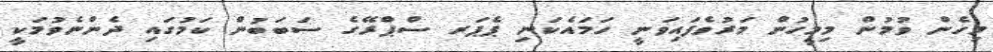
މިހެން ވުމުން މިމީހުން މަރުވެފައިވަނީ ހަމައެކަނި ޕެޕަރ ސްޕްރޭގެ ސަބަބުން ކަމުގައި ދެންނެވުމަކީ